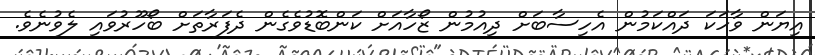
އިޔަން ވާހަކަ ދައްކަމުން އެހިސާބަށް ދިއުމުން ޒޯހާއަށް ކަންބޮޑުވެގެން ދެފަރާތަށް ބޯހޫރުވައި ލެވުނެވެ.